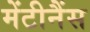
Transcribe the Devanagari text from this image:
मेंटीनैंस